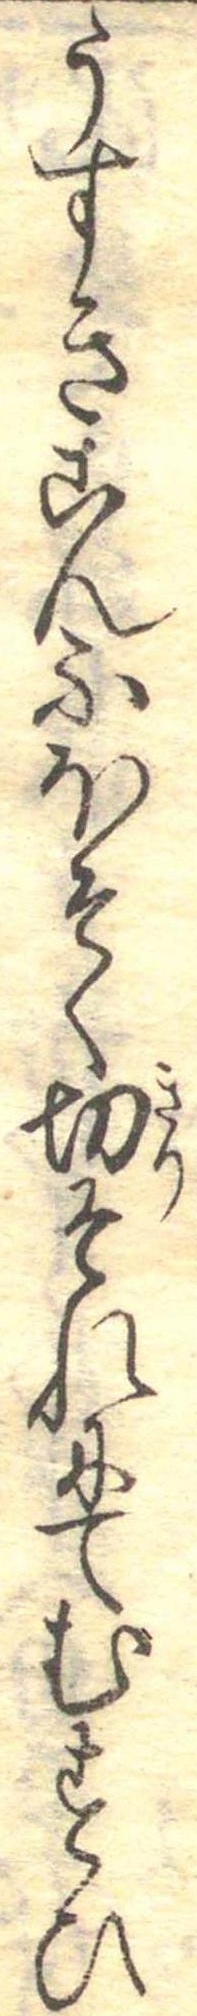
うすきこんふほそく切それにてむすひ